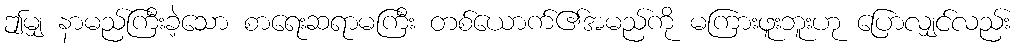
ဤမျှ နာမည်ကြီးခဲ့သော စာရေးဆရာမကြီး တစ်ယောက်၏အမည်ကို မကြားဖူးဘူးဟု ပြောလျှင်လည်း